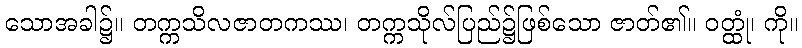
သောအခါ၌။ တက္ကသိလဇာတကဿ၊ တက္ကသိုလ်ပြည်၌ဖြစ်သော ဇာတ်၏။ ဝတ္ထုံ၊ ကို။